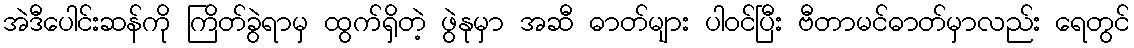
အဲဒီပေါင်းဆန်ကို ကြိတ်ခွဲရာမှ ထွက်ရှိတဲ့ ဖွဲနုမှာ အဆီ ဓာတ်များ ပါဝင်ပြီး ဗီတာမင်ဓာတ်မှာလည်း ရေတွင်